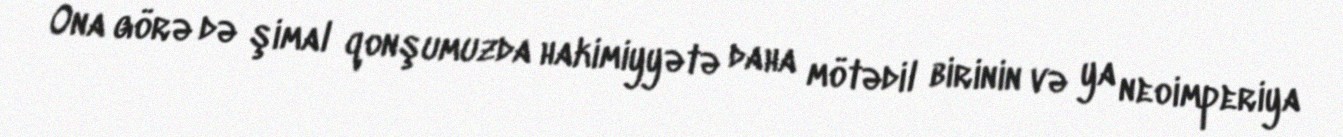
Ona görə də şimal qonşumuzda hakimiyyətə daha mötədil birinin və ya neoimperiya